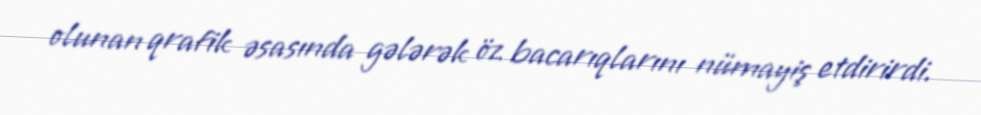
olunan qrafik əsasında gələrək öz bacarıqlarını nümayiş etdirirdi.